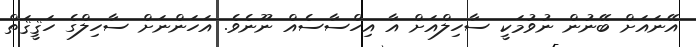
އޭނައަށް ބޭނުން ނުވުމަކީ ސާހިލްއަށް އާ އިހްސާސެއް ނޫނެވެ. އަހަންނަށް ސާހިލްގެ ހަޤީޤަތް